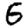
Digit: 5